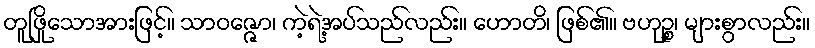
တူဖြိုသောအားဖြင့်။ သာဝဇ္ဇော၊ ကဲ့ရဲ့အပ်သည်လည်း။ ဟောတိ၊ ဖြစ်၏။ ဗဟုဉ္စ၊ များစွာလည်း။